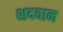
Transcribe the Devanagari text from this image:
शदवान